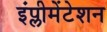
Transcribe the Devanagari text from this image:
इंप्लीमेंटेशन